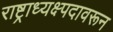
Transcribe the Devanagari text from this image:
राष्ट्राध्यक्ष्पदावरून